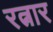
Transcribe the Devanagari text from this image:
रत्नार